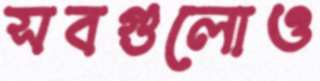
সবগুলোও